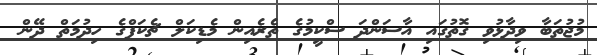
މުޖުތަބާ ވިދާޅުވި ގޮތުގައި އާސަންދަ ސްކީމުގެ ތެރެއިން މެޑިކަލް ޗެކަޕްގެ ހިދުމަތް ދޭން